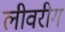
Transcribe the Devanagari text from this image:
लीवरीग